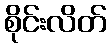
စိုင်းလိတ်